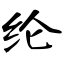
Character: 纶